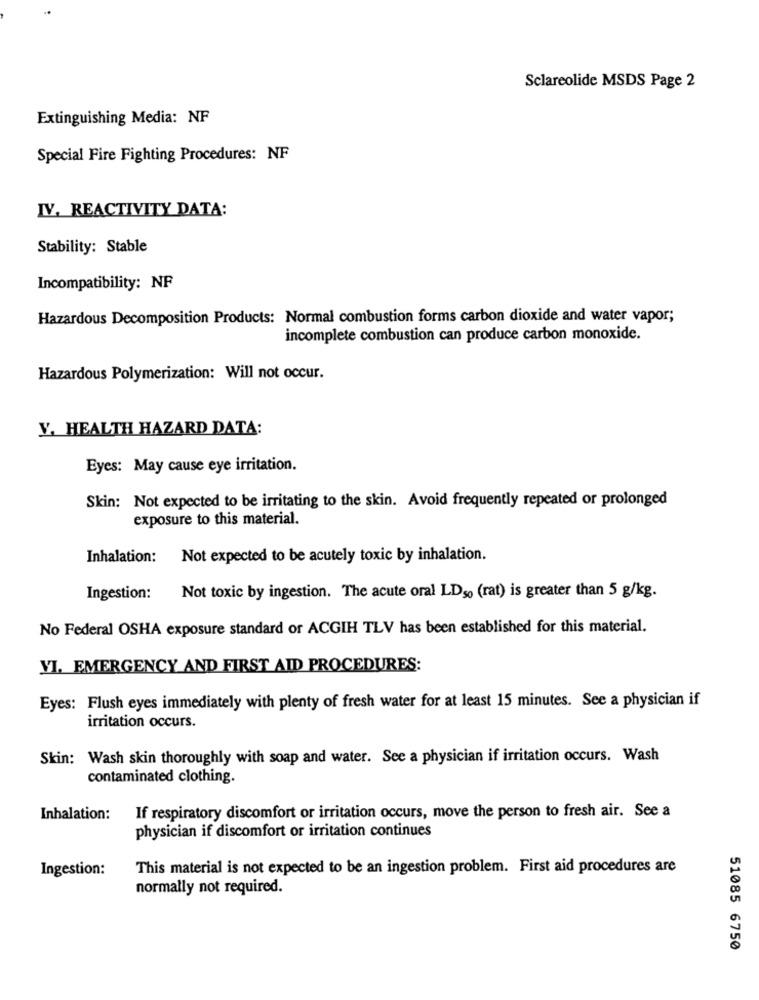
Sclareolide MSDS Page 2
Extinguishing Media: NF
Special Fire Fighting Procedures: NF
IV. REACTIVITY DATA:
Stability: Stable
Incompatibility: NF
Hazardous Decomposition Products: Normal combustion forms carbon dioxide and water vapor;
incomplete combustion can produce carbon monoxide.
Hazardous Polymerization: Will not occur.
Y. HEALTH HAZARD DATA:
Eyes: May cause eye irritation.
Skin: Not expected to be irritating to the skin. Avoid frequently repeated or prolonged
exposure to this material.
Inhalation: Not expected to be acutely toxic by inhalation.
Ingestion:
Not toxic by ingestion. The acute oral LDso (rat) is greater than 5 g/kg.
No Federal OSHA exposure standard or ACGIH TLV has been established for this material.
VI. EMERGENCY AND FIRST AID PROCEDURES:
Eyes: Flush eyes immediately with plenty of fresh water for at least 15 minutes. See a physician if
irritation occurs.
Skin: Wash skin thoroughly with soap and water. See a physician if irritation occurs. Wash
contaminated clothing.
Inhalation:
If respiratory discomfort or irritation occurs, move the person to fresh air. See a
physician if discomfort or irritation continues
Ingestion:
This material is not expected to be an ingestion problem. First aid procedures are
normally not required.
51085 6750